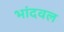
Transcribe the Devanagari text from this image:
भांदवल